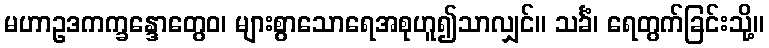
မဟာဥဒကက္ခန္ဒောတွေဝ၊ များစွာသောရေအစုဟူ၍သာလျှင်။ သင်္ခံ၊ ရေတွက်ခြင်းသို့။